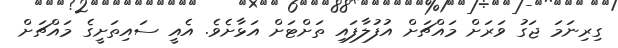
ގިރިނަމަ ޖަގު ވަރަށް މައްޗަށް އުފުލާފައި ތަށްޓަށް އަޅާށެވެ. އެއީ ސައިތަށީގެ މައްޗަށް